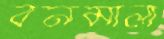
বনমালা